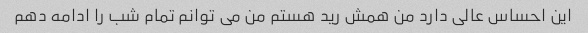
این احساس عالی دارد من همش رید هستم من می توانم تمام شب را ادامه دهم